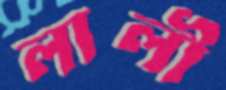
লালী